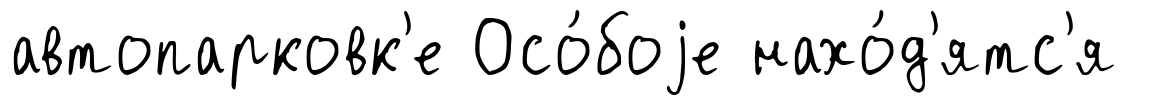
автопарковк'е Осо́боjе нахо́д'ятс'я